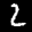
Label: 2